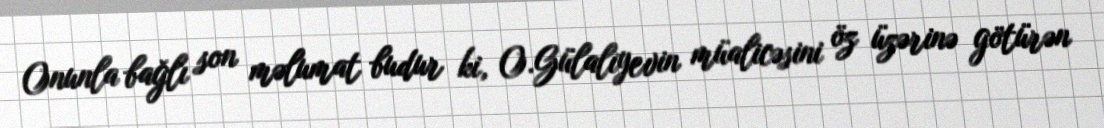
Onunla bağlı son məlumat budur ki, O.Gülalıyevin müalicəsini öz üzərinə götürən